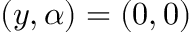
\left( y , \alpha \right) = \left( 0 , 0 \right)